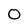
Character: 0